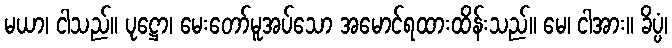
မယာ၊ ငါသည်။ ပုဋ္ဌော၊ မေးတော်မူအပ်သော အမောင်ရထားထိန်းသည်။ မေ၊ ငါအား။ ခိပ္ပံ၊